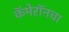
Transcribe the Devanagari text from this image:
कॅमेरॉनचा